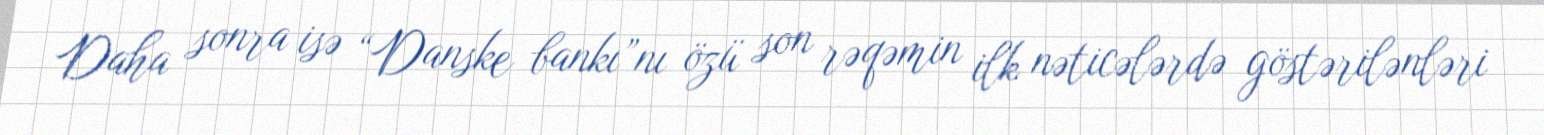
Daha sonra isə “Danske bankı”nı özü son rəqəmin ilk nəticələrdə göstərilənləri